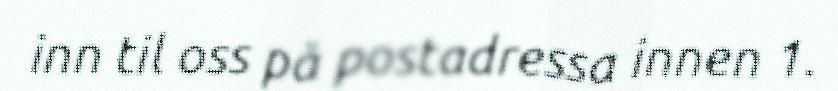
inn til oss på postadressa innen 1.